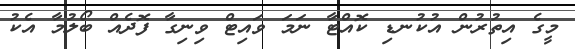
މީގެ އިތުރުން އުކުނޑި ކޮއްޓާ ނަމަ ވައިޓް ވިނިގާ ފޮދެއް ބޯލުމާ އެކު